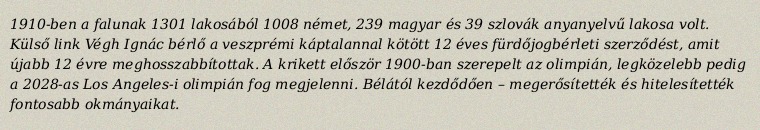
1910-ben a falunak 1301 lakosából 1008 német, 239 magyar és 39 szlovák anyanyelvű lakosa volt. Külső link Végh Ignác bérlő a veszprémi káptalannal kötött 12 éves fürdőjogbérleti szerződést, amit újabb 12 évre meghosszabbítottak. A krikett először 1900-ban szerepelt az olimpián, legközelebb pedig a 2028-as Los Angeles-i olimpián fog megjelenni. Bélától kezdődően – megerősítették és hitelesítették fontosabb okmányaikat.